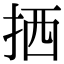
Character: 拪